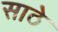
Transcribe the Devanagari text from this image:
साठेे